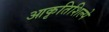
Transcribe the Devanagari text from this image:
आकृतिशिल्पे